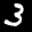
Digit: 3